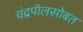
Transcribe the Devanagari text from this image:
चंद्रपॉलसोबत